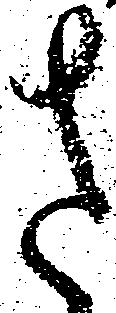
さ